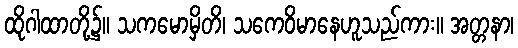
ထိုဂါထာတို့၌။ သကမောမှိတိ၊ သကေဝိမာနေဟူသည်ကား။ အတ္တနာ၊